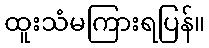
ထူးသံမကြားရပြန်။